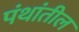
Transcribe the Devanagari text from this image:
पंथांतील